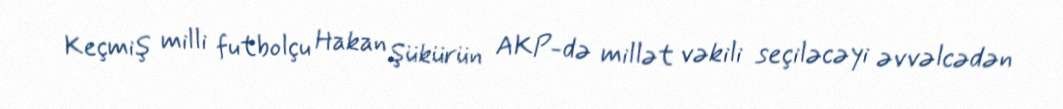
Keçmiş milli futbolçu Hakan Şükürün AKP-də millət vəkili seçiləcəyi əvvəlcədən